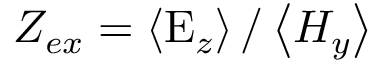
Z _ { e x } = \left\langle \mathrm { E } _ { z } \right\rangle / \left\langle H _ { y } \right\rangle